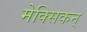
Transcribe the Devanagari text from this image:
मेक्सिकन्